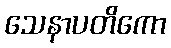
သေနာပတိကော